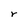
Character: r